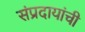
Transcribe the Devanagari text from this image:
संप्रदायांची